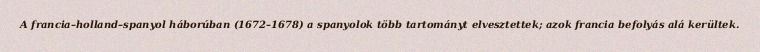
A francia–holland–spanyol háborúban (1672–1678) a spanyolok több tartományt elvesztettek; azok francia befolyás alá kerültek.